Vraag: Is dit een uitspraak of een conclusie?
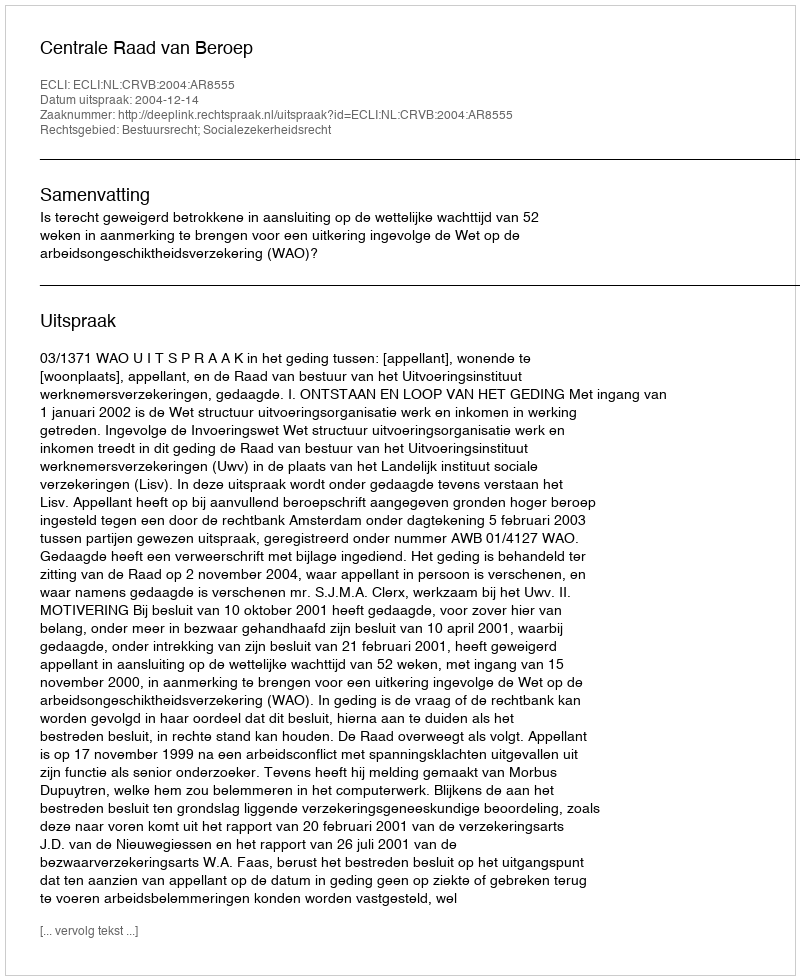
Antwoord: Uitspraak